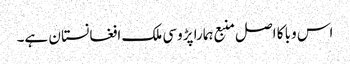
اس وبا کا اصل منبع ہمارا پڑوسی ملک افغانستا ن ہے۔